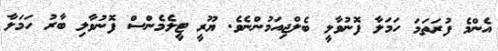
އެންމެ ފުރަތަމަ ހަމަލާ ފޮނުވާލީ ބެލްޖިއަމުންނެވެ. ޔޫރީ ޓީލެމެންސް ފޮނުވާލި ބާރު ހަމަލާ